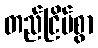
တည်ငြိမ်စွာ